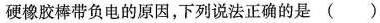
硬橡胶棒带负电的原因，下列说法正确的是( )